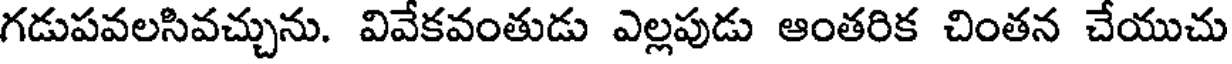
గడుపవలసివచ్చును. వివేకవంతుడు ఎల్లపుడు ఆంతరిక చింతన చేయుచు